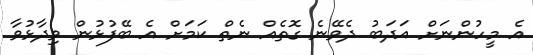
އެ މީހުންނަށް އަދަބު ދެވޭނެ ގޮތެއް ނެތް ކަމަށް އެ ބޭފުޅުން ވިދާޅުވާ